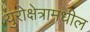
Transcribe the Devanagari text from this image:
युरोक्षेत्रामधील